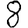
Digit: 8